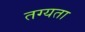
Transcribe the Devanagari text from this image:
तग्यता